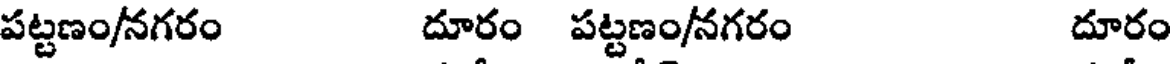
పట్టణం/నగరం దూరం పట్టణం/నగరం దూరం